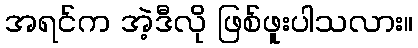
အရင်က အဲ့ဒီလို ဖြစ်ဖူးပါသလား။